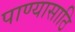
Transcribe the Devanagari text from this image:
पाण्यासाठि